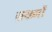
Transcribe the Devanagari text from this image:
ज़ख्‍मों